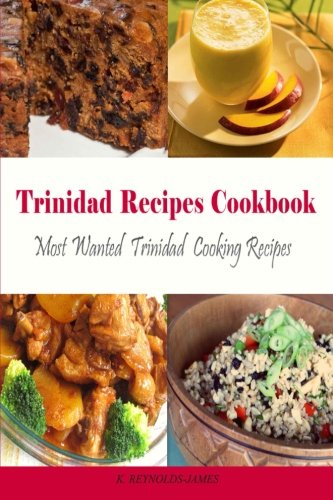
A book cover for Trinidad Recipes Cookbook: Most Wanted Trinidad Cooking Recipes (Caribbean Recipes); K. Reynolds-James; Cookbooks, Food & Wine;